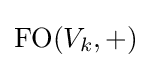
{\text{FO}}(V_{k},+)